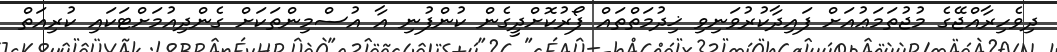
ދިވެހިރާއްޖޭގެ މުޖުތަމަޢުއަށް ފައިދާކުރުވަނިވި ޚިދުމަތްތައް ފޯރުކޮށްދީގެން ކުންފުނި އާ އުސްމިންތަކަށް ގެންދިއުމަށްޓަކައި ކުރިއަތް